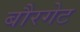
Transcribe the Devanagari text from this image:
बौरगेट